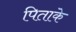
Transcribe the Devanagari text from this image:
पिताके